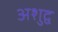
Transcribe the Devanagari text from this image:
अशुद्व